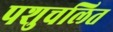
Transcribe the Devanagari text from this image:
पशुचलित